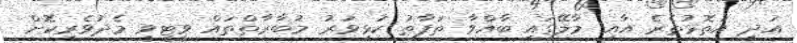
އަދި އަތޮޅުތެރެ އާއި މާލޭގައި ބާއްވާ ތަފާތު ކުޅިވަރު މުބާރާތްތައް ވީޓީވީ މެދުވެރިކޮށް